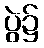
ပွဲ၌